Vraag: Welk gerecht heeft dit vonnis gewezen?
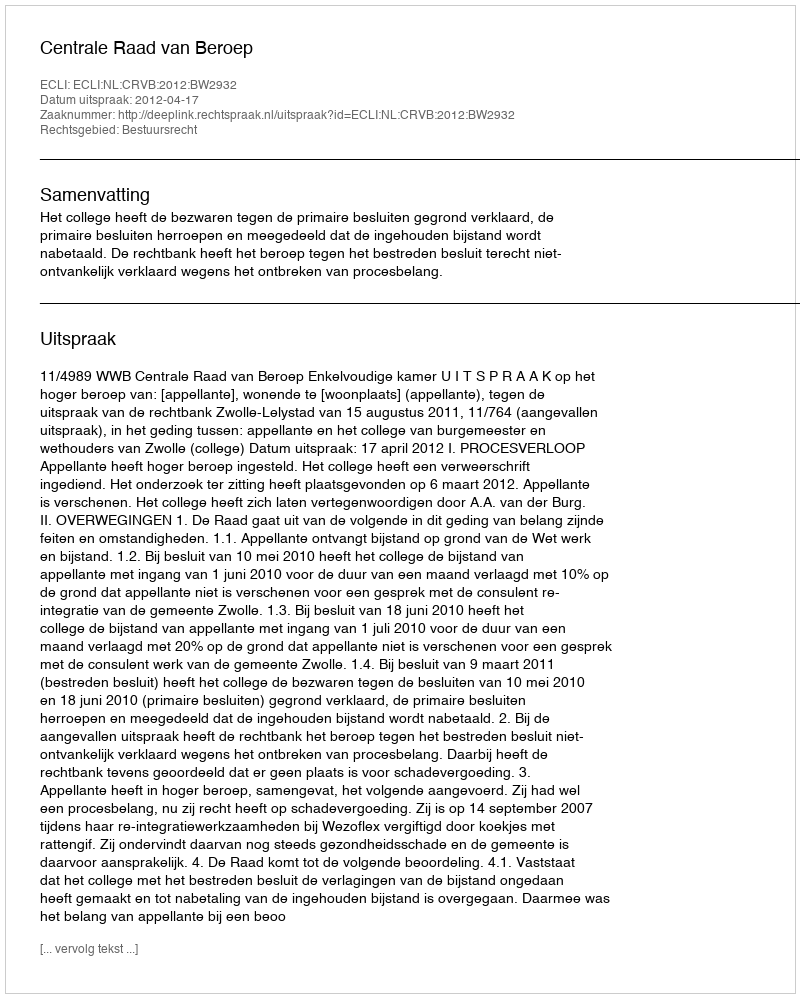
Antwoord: Centrale Raad van Beroep